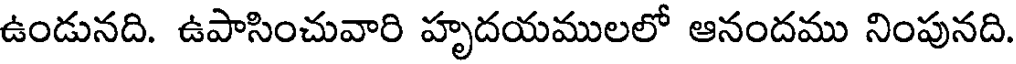
ఉండునది. ఉపాసించువారి హృదయములలో ఆనందము నింపునది.